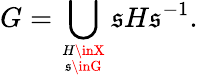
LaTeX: G=\bigcup_{H\inX\atop\mathfrak{s}\inG}\mathfrak{s}H\mathfrak{s}^{-1}.